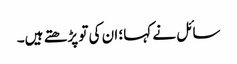
سائل نے کہا؛ ان کی تو پڑھتے ہیں۔